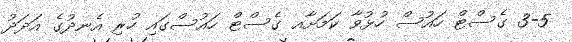
3-5 ގެސްޓް ހައުސް ހުޅުވާ ކަމަށާއ ގެސްޓް ހައުސްގައި ހުރި އެނދުގެ އަދަދު